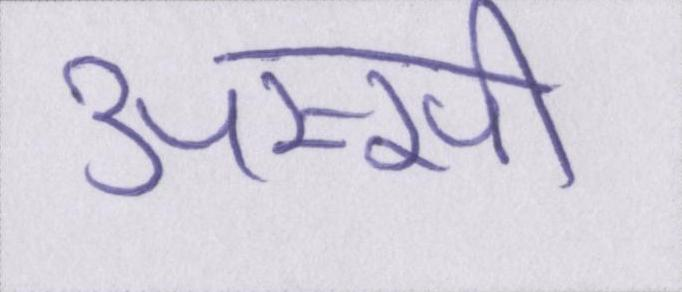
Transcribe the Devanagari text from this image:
अस्सी